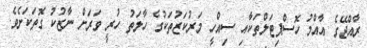
ރާއްޖޭގެ އާއްމު ހޮސްޕިޓަލްތަކާއި ސިއްހީ މަރުކަޒުތަކުގެ ހާލަތު ހުރީ ވަރަށް ނާޒުކު ގޮތަކަށެވެ.